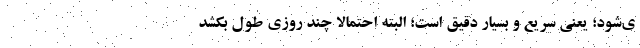
ی‌شود؛ یعنی سریع و بسیار دقیق است؛ البته احتمالا چند روزی طول بکشد